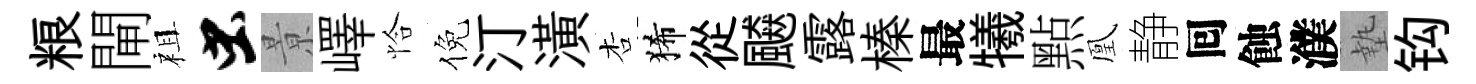
粮閘祖虫㬌嶧恰倪汀潢杏狶從飇露榛最犧㸃凰静囘蝕濮墊钩